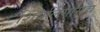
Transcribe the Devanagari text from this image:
शिवलिंगासच